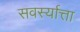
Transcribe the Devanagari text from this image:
सवर्स्यात्ता